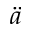
\ddot { a }